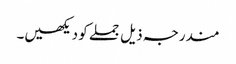
مندرجہ ذیل جملے کو دیکھیں۔